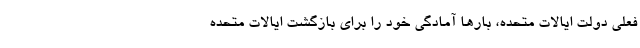
فعلی دولت ایالات متحده، بارها آمادگی خود را برای بازگشت ایالات متحده